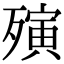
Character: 殥